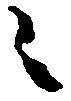
ニ